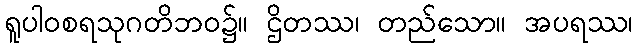
ရူပါဝစရသုဂတိဘဝ၌။ ဌိတဿ၊ တည်သော။ အပရဿ၊